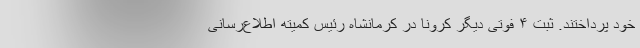
خود پرداختند. ثبت ۴ فوتی دیگر کرونا در کرمانشاه رئیس کمیته اطلاع‌رسانی